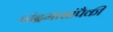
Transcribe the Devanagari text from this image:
चांद्रमासांपैकी